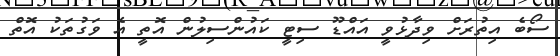
ސޯބެ އިތުރަށް ވިދާޅުވީ އައްޑޫ ސިޓީ ކައުންސިލުން އޮތީ އެ ވަގުތަކު އޮތް